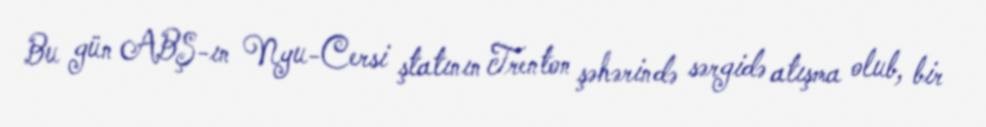
Bu gün ABŞ-ın Nyu-Cersi ştatının Trenton şəhərində sərgidə atışma olub, bir